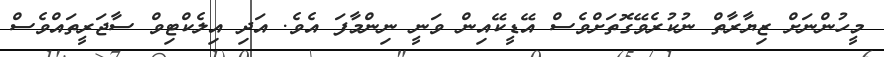
މީހުންނަށް ޒިޔާރާތް ނުކުރެވޭގޮތަށްވެސް އޭޑީކޭއިން ވަނީ ނިންމާފަ އެވެ. އަދި އިލެކްޓިވް ސާޖަރީތައްވެސް